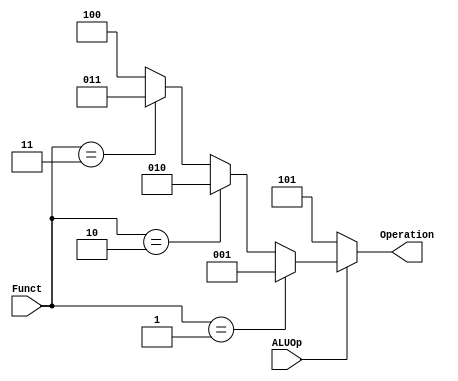
//ALU Control for phase 1 should be modified later
module ALUControl (ALUOp, Funct, Operation);
    input ALUOp;
    input [2:0] Funct;
    output [2:0] Operation;

    // if sequential circuit
    // always @(posedge clk) begin
    //     if(ALUOp) begin
    //     case (Funct)
    //         3'b001 : Operation = 3'b001;      //Load
    //         3'b010 : Operation = 3'b010;      //Store
    //         3'b011 : Operation = 3'b011;      //Add
    //         3'b100 : Operation = 3'b100;      //Not
    //         // 3'b101 : Operation = 3'b101;      //No Operation
    //         default: Operation = 3'b101;      //No Operation
    //     endcase
    // end
    // end

    // if combinational circuit
    assign Operation = 
        (ALUOp == 1) ? ((Funct == 3'b001) ? 3'b001:                     //Load
                        (Funct == 3'b010) ? 3'b010:                     //Store
                        (Funct == 3'b011) ? 3'b011: 3'b100) : 3'b101;   // Add : Not : Nop(ALUOp is 0) 
endmodule